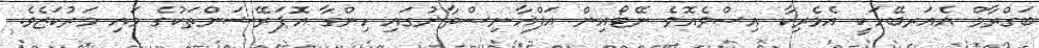
ބަގްރާމް އެއަރބޭހަކީ އެމެރިކާ އިސްވެއޮވެ ނޭޓޯއިން އަފްޣާނިސްތާނުގައި ހިންގާ އޮޕަރޭޝަންތަކުގެ މައި މަރުކަޒެވެ.